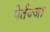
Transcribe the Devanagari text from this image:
पेर्तज्जा